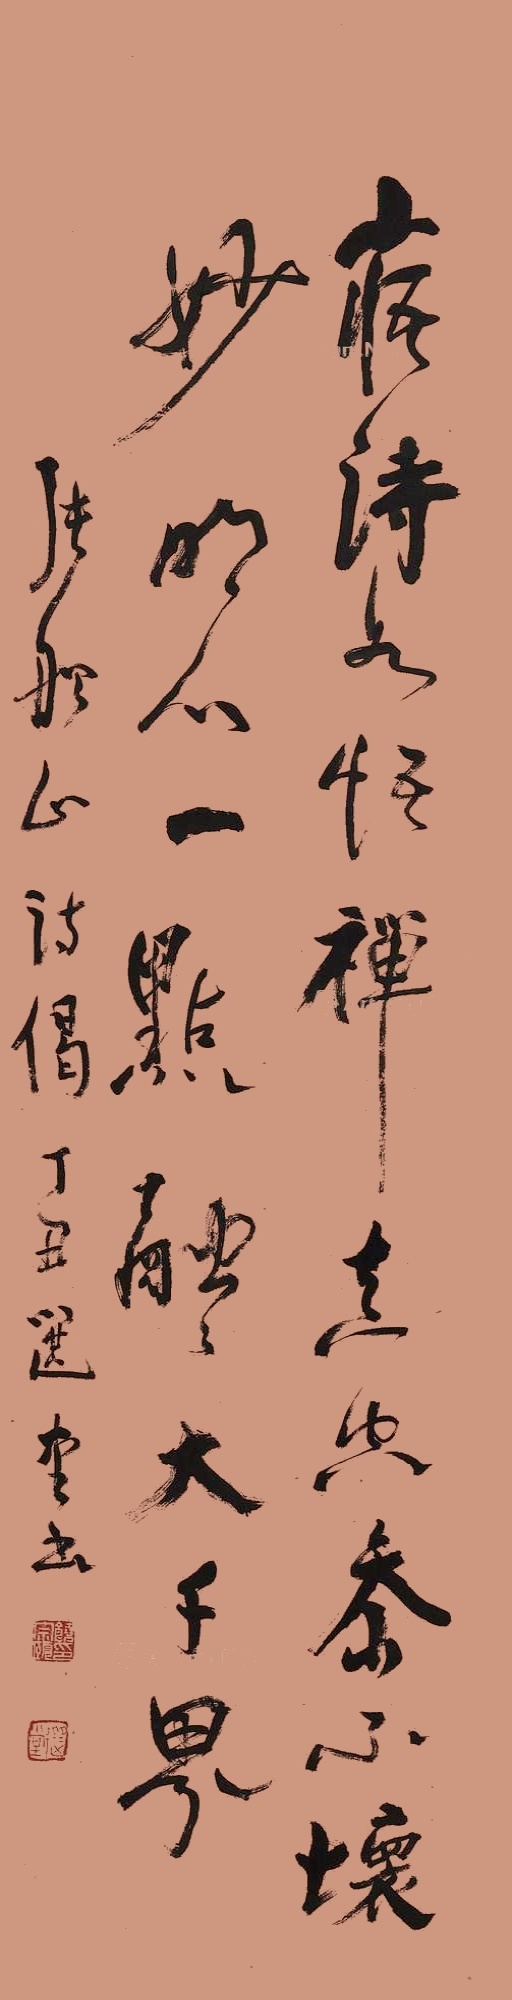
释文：寤诗如悟禅，真空参不坏。妙明心一点，融融大千界。张船山诗偈，丁丑（1997年），选堂书。